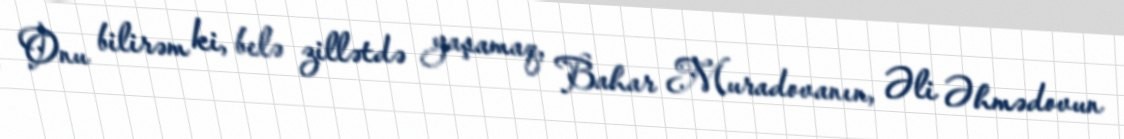
Onu bilirəm ki, belə zillətdə yaşamaq, Bahar Muradovanın, Əli Əhmədovun